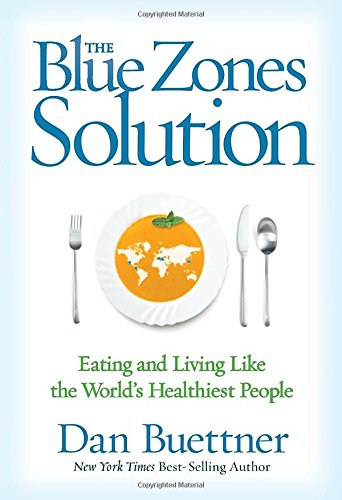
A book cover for The Blue Zones Solution: Eating and Living Like the World's Healthiest People; Dan Buettner; Health, Fitness & Dieting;